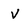
Character: V